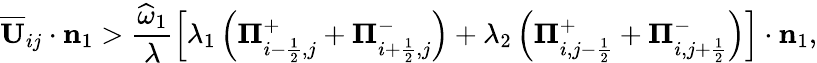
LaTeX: \overline{{\mathbf{U}}}_{ij}\cdot\mathbf{n}_{1}>\frac{\widehat{\omega}_{1}}{\lambda}\left[\lambda_{1}\left({\mathbf\Pi}_{i-\frac{1}{2},j}^{+}+{\mathbf\Pi}_{i+\frac{1}{2},j}^{-}\right)+\lambda_{2}\left({\mathbf\Pi}_{i,j-\frac{1}{2}}^{+}+{\mathbf\Pi}_{i,j+\frac{1}{2}}^{-}\right)\right]\cdot\mathbf{n}_{1},